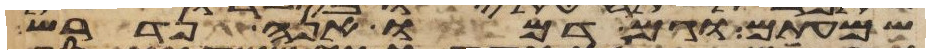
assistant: שמעתים וגם דמו הנה נדרש